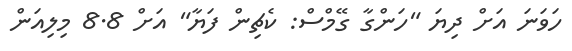
ހަވަނަ އަށް ދިޔަ "ހަންގާ ގޭމްސް: ކެޗިން ފަޔާ" އަށް 8.8 މިލިއަން